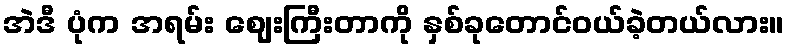
အဲဒီ ပုံက အရမ်း ဈေးကြီးတာကို နှစ်ခုတောင်ဝယ်ခဲ့တယ်လား။